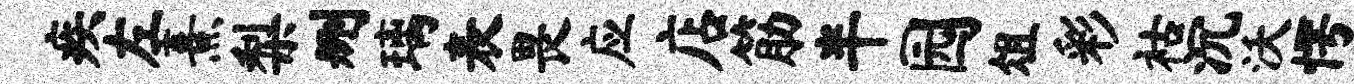
疾左熹梨删璃表畏应店筋半园俎彩祜沉沃愕